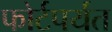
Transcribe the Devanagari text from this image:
फोर्टपर्यंत